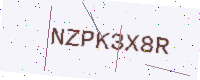
Text: NZPK3X8R